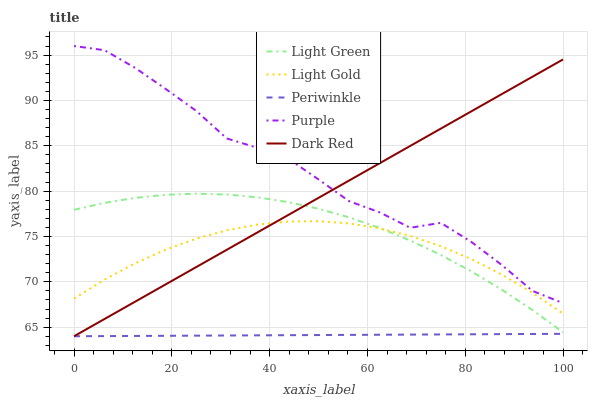
| xaxis_label | Light Green | Light Gold | Periwinkle | Purple | Dark Red |
 | --- | --- | --- | --- | --- | --- |
 | 0 | 77.9 | 68.2 | 64 | 96 | 64 |
 | 6.25 | 78.7 | 70.2 | 64 | 95.5 | 65.9 |
 | 12.5 | 79.3 | 72 | 64 | 93.6 | 67.8 |
 | 18.8 | 79.6 | 73.6 | 64.1 | 91.3 | 69.7 |
 | 25 | 79.7 | 74.8 | 64.1 | 88.8 | 71.6 |
 | 31.2 | 79.6 | 75.7 | 64.1 | 85.8 | 73.5 |
 | 37.5 | 79.3 | 76.3 | 64.1 | 84.8 | 75.4 |
 | 43.8 | 78.8 | 76.6 | 64.1 | 83.6 | 77.4 |
 | 50 | 78.1 | 76.7 | 64.1 | 81.3 | 79.3 |
 | 56.2 | 77.1 | 76.4 | 64.2 | 78.9 | 81.2 |
 | 62.5 | 75.9 | 75.9 | 64.2 | 77.7 | 83.1 |
 | 68.8 | 74.6 | 75.1 | 64.2 | 76 | 85 |
 | 75 | 73 | 73.9 | 64.2 | 76.5 | 86.9 |
 | 81.2 | 71.2 | 72.5 | 64.2 | 74.4 | 88.8 |
 | 87.5 | 69.1 | 70.8 | 64.2 | 71.8 | 90.7 |
 | 93.8 | 66.9 | 68.8 | 64.3 | 69 | 92.6 |
 | 100 | 64.4 | 66.5 | 64.3 | 67.6 | 94.5 |